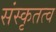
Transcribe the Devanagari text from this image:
संस्कृतत्व